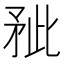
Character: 𰦐